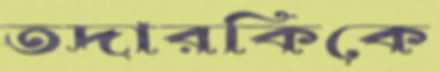
তদারকিকে